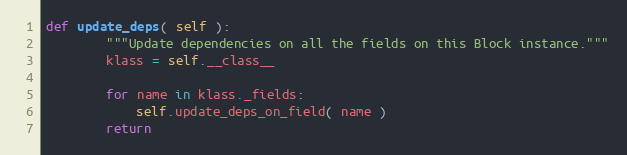
Language: Python
def update_deps( self ):
        """Update dependencies on all the fields on this Block instance."""
        klass = self.__class__

        for name in klass._fields:
            self.update_deps_on_field( name )
        return